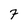
Character: 7